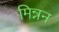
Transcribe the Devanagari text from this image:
मिन्नन